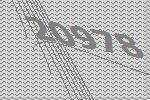
20978